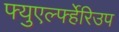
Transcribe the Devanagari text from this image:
फ्युएर्ल्फ्हेरिउप